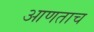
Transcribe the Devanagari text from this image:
आणताच